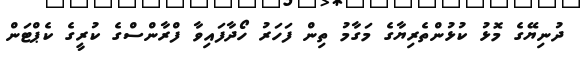
ދުނިޔޭގެ މޮޅު ކުޅުންތެރިޔާގެ މަގާމު ތިން ފަހަރު ހޯދާފައިވާ ފްރާންސްގެ ކުރީގެ ކެޕްޓަން